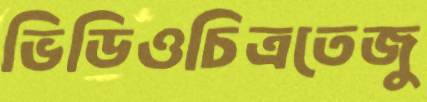
ভিডিওচিত্রতেজু